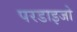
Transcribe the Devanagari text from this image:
परडाइजो